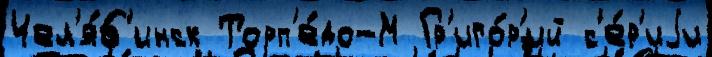
Чел'я́б'инск Торп'е́до-М Гр'иго́р'ий с'е́р'иjи